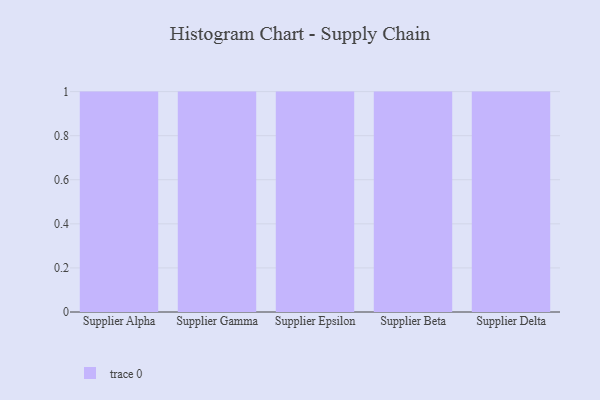
{"axis": {"x": "Supplier", "y": "Revenue (USD Million)"}, "legend": [""], "data": [{"x": "Supplier Alpha", "y": 76, "type": ""}, {"x": "Supplier Gamma", "y": 8, "type": ""}, {"x": "Supplier Epsilon", "y": 81, "type": ""}, {"x": "Supplier Beta", "y": 80, "type": ""}, {"x": "Supplier Delta", "y": 42, "type": ""}]}